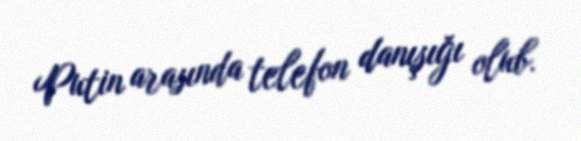
Putin arasında telefon danışığı olub.